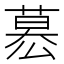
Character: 𮐋